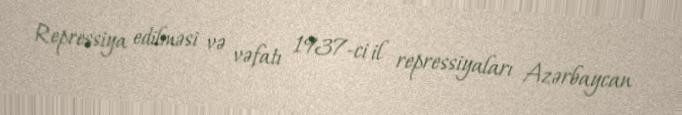
Repressiya edilməsi və vəfatı 1937-ci il repressiyaları Azərbaycan